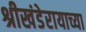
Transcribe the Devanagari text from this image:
श्रीखंडेरायाच्या